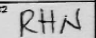
Transcription: RHN